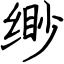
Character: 缈